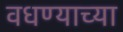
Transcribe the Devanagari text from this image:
वधण्याच्या